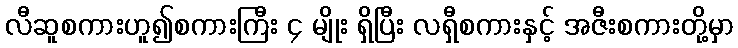
လီဆူစကားဟူ၍စကားကြီး ၄ မျိုး ရှိပြီး လရှီစကားနှင့် အဇီးစကားတို့မှာ